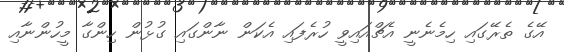
އޭގެ ތެރޭގައި ހިމެނެނީ އެޗްއައިވީ ހުރެފައި އެކަން ނާންގައި ގުޅުން ހިންގާ މީހުންނާއި